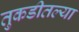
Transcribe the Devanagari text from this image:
तुकडीतल्या